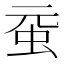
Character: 𧉗